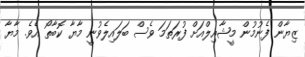
ޒިޔާން ފެނުމުން މީޝާއިލްއަށް ފުރަތަމަ ވެސް ބަލައިލެވުނީ މާޔާ ކޮބާތޯ އެވެ. މާޔާ